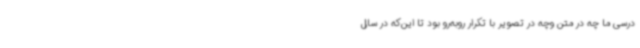
درسی ما چه در متن وچه در تصویر با تکرار روبه‌رو بود تا این‌که در سال